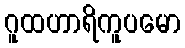
ဂူထဟာရိကူပမော